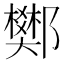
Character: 𨟅